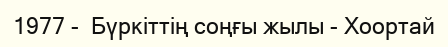
1977 -  Бүркіттің соңғы жылы - Хоортай